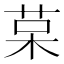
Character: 𰱅